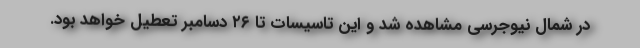
در شمال نیوجرسی مشاهده شد و این تاسیسات تا ۲۶ دسامبر تعطیل خواهد بود.